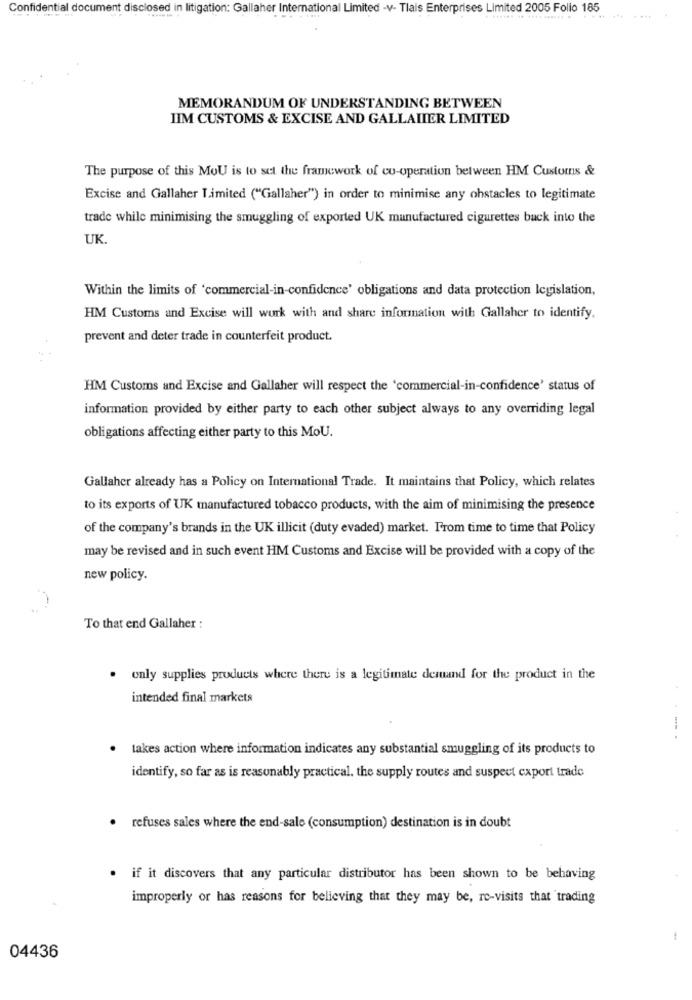
Confidential document disclosed in litigation: Gallaher International Limited -v- Tlais Enterprises Limited 2005 Folio 185
....
MEMORANDUM OF UNDERSTANDING BETWEEN
IIM CUSTOMS & EXCISE AND GALLAHIER LIMITED
The purpose of this MoU is to set the framework of co-operation between HM Customs &
Excise and Gallaher Limited ("Gallaher") in order to minimise any obstacles to legitimate
trade while minimising the smuggling of exported UK manufactured cigarettes buck into the
UK
Within the limits of 'commercial-in-confidence' obligations and data protection legislation,
HM Customs and Excise will work with and share information with Gallaher to identify,
prevent and deter trade in counterfeit product.
HM Customs and Excise and Gallaher will respect the 'commercial-in-confidence' status of
information provided by either party to each other subject always to any overriding legal
obligations affecting either party to this MoU.
Gallaher already has a Policy on International Trade. It maintains that Policy, which relates
to its exports of UK manufactured tobacco products, with the aim of minimising the presence
of the company's brands in the UK illicit (duty evaded) market. From time to time that Policy
may be revised and in such event HM Customs and Excise will be provided with a copy of the
new policy.
To that end Gallaher :
. only supplies products where there is a legitimate demand for the product in the
intended final markets
takes action where information indicates any substantial smuggling of its products to
identify, so far as is reasonably practical. the supply routes and suspect export trade
refuses sales where the end-sale (consumption) destination is in doubt
. if it discovers that any particular distributor has been shown to be behaving
improperly or has reasons for believing that they may be, re-visits that trading
04436